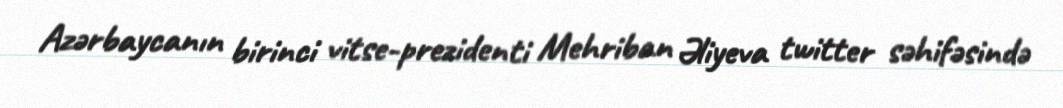
Azərbaycanın birinci vitse-prezidenti Mehriban Əliyeva twitter səhifəsində